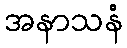
အနာသနံ